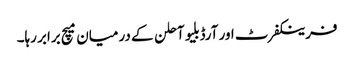
فرینکفرٹ اور آرڈبلیو آحلن کے درمیان میچ برابر رہا۔